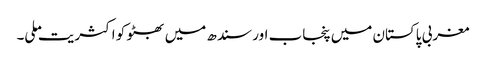
مغربی پاکستان میں پنجاب اور سندھ میں بھٹو کو اکثریت ملی۔